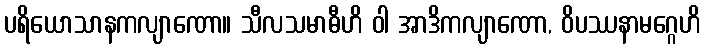
ပရိယောသာနကလျာဏော။ သီလသမာဓီဟိ ဝါ အာဒိကလျာဏော, ဝိပဿနာမဂ္ဂေဟိ